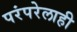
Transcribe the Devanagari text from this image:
परंपरेलाही